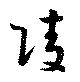
陵